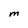
Character: M